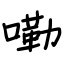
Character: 嘞